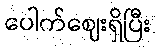
ပေါက်ဈေးရှိပြီး